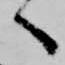
へ